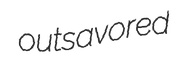
outsavored